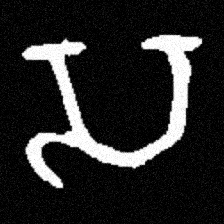
Pyu character \u2014 Myanmar letter: သ (romanized: sa)